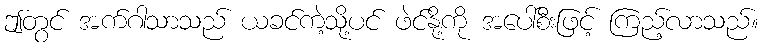
ဤတွင် အက်ဂါသာသည် ယခင်ကဲ့သို့ပင် ဖဲင်နို့ကို အပေါ်စီးဖြင့် ကြည့်လာသည်။